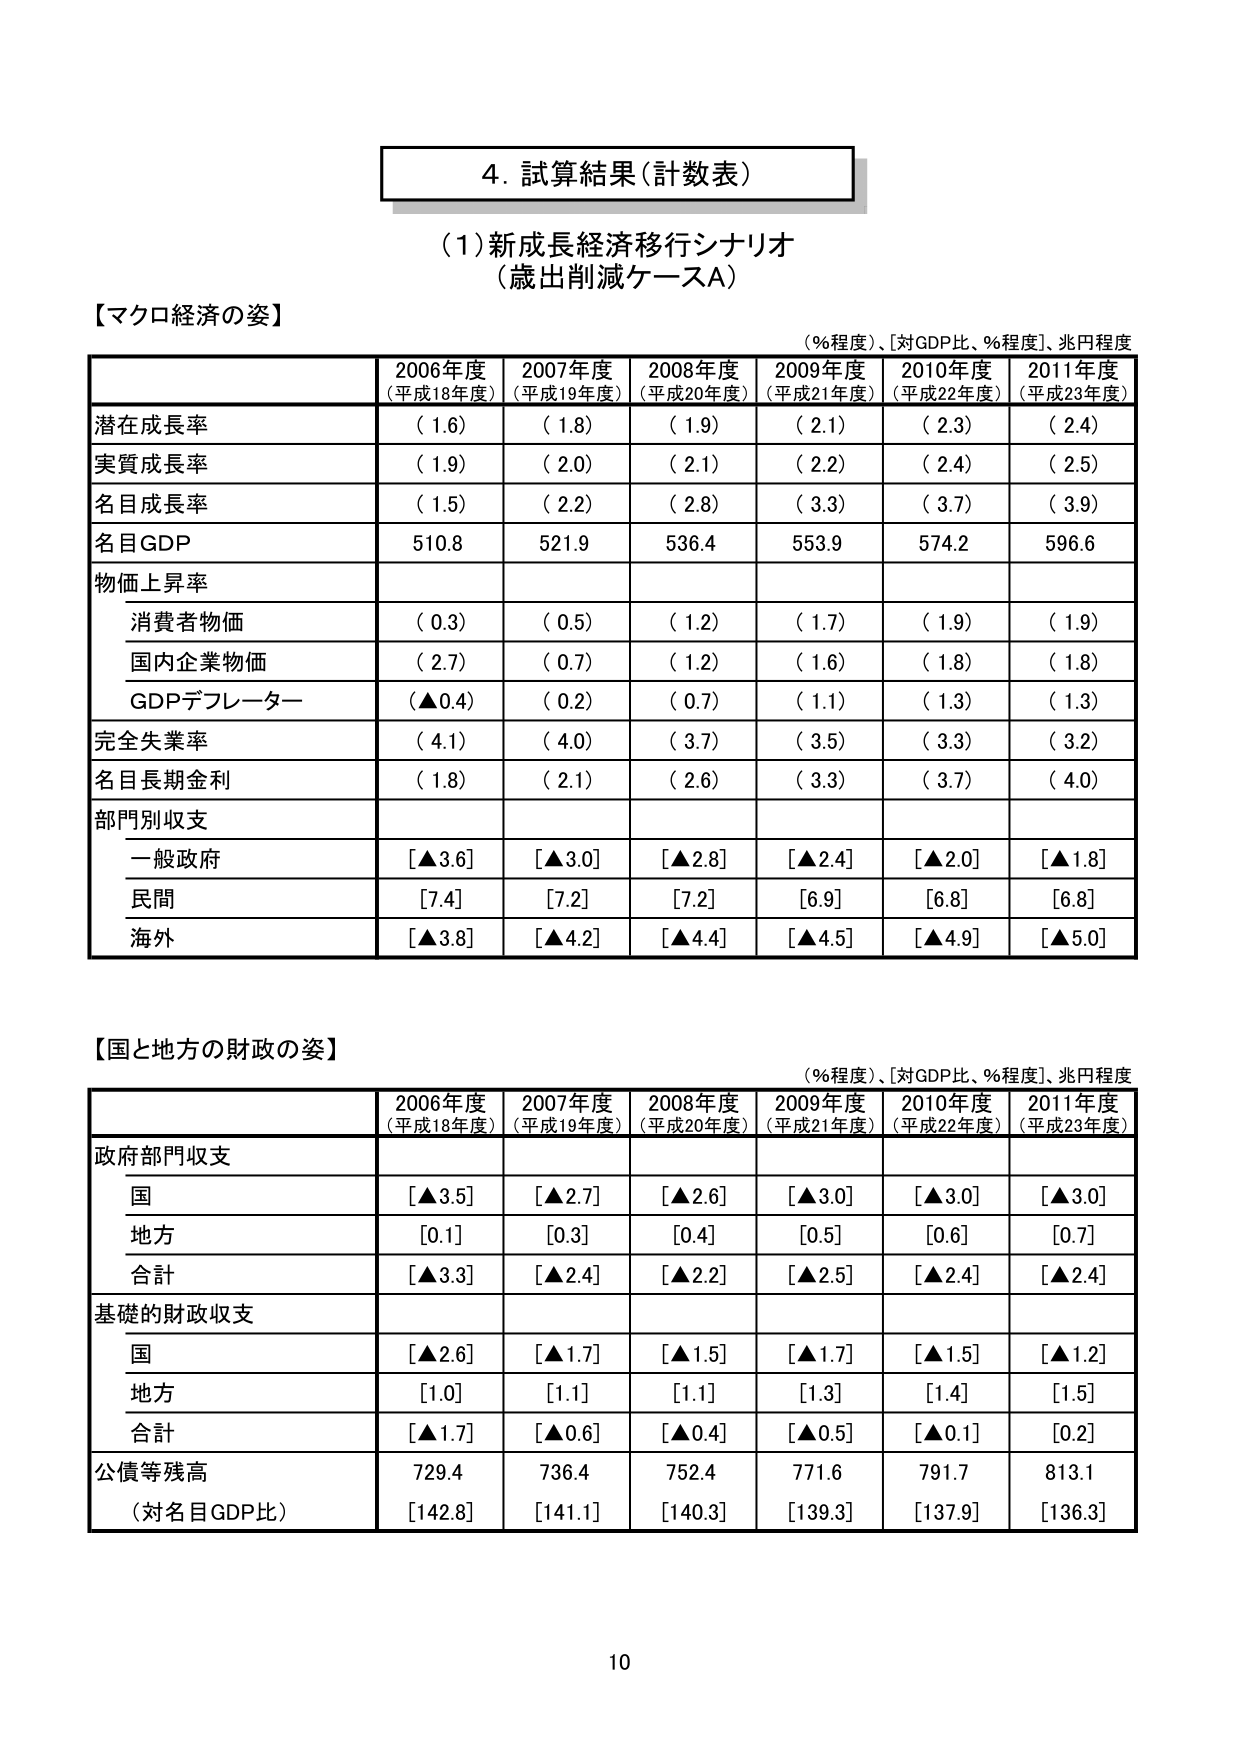
4. 試算結果（計数表）

（1）新成長経済移行シナリオ
（歳出削減ケースA）

【マクロ経済の姿】
（％程度）、［対GDP比、％程度］、兆円程度

2006年度
（平成18年度） 2007年度
（平成19年度） 2008年度
（平成20年度） 2009年度
（平成21年度） 2010年度
（平成22年度） 2011年度
（平成23年度）

潜在成長率 （1.6） （1.8） （1.9） （2.1） （2.3） （2.4）
実質成長率 （1.9） （2.0） （2.1） （2.2） （2.4） （2.5）
名目成長率 （1.5） （2.2） （2.8） （3.3） （3.7） （3.9）
名目GDP 510.8 521.9 536.4 553.9 574.2 596.6
物価上昇率
　消費者物価 （0.3） （0.5） （1.2） （1.7） （1.9） （1.9）
　国内企業物価 （2.7） （0.7） （1.2） （1.6） （1.8） （1.8）
　GDPデフレーター （▲0.4） （0.2） （0.7） （1.1） （1.3） （1.3）
完全失業率 （4.1） （4.0） （3.7） （3.5） （3.3） （3.2）
名目長期金利 （1.8） （2.1） （2.6） （3.3） （3.7） （4.0）
部門別収支
　一般政府 ［▲3.6］ ［▲3.0］ ［▲2.8］ ［▲2.4］ ［▲2.0］ ［▲1.8］
　民間 ［7.4］ ［7.2］ ［7.2］ ［6.9］ ［6.8］ ［6.8］
　海外 ［▲3.8］ ［▲4.2］ ［▲4.4］ ［▲4.5］ ［▲4.9］ ［▲5.0］

【国と地方の財政の姿】
（％程度）、［対GDP比、％程度］、兆円程度

2006年度
（平成18年度） 2007年度
（平成19年度） 2008年度
（平成20年度） 2009年度
（平成21年度） 2010年度
（平成22年度） 2011年度
（平成23年度）

政府部門収支
　国 ［▲3.5］ ［▲2.7］ ［▲2.6］ ［▲3.0］ ［▲3.0］ ［▲3.0］
　地方 ［0.1］ ［0.3］ ［0.4］ ［0.5］ ［0.6］ ［0.7］
　合計 ［▲3.3］ ［▲2.4］ ［▲2.2］ ［▲2.5］ ［▲2.4］ ［▲2.4］
基礎的財政収支
　国 ［▲2.6］ ［▲1.7］ ［▲1.5］ ［▲1.7］ ［▲1.5］ ［▲1.2］
　地方 ［1.0］ ［1.1］ ［1.1］ ［1.3］ ［1.4］ ［1.5］
　合計 ［▲1.7］ ［▲0.6］ ［▲0.4］ ［▲0.5］ ［▲0.1］ ［0.2］
公債等残高 729.4 736.4 752.4 771.6 791.7 813.1
（対名目GDP比） ［142.8］ ［141.1］ ［140.3］ ［139.3］ ［137.9］ ［136.3］

10